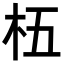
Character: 𬂡